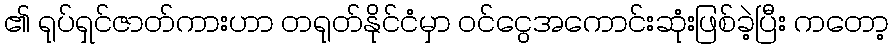
၏ ရုပ်ရှင်ဇာတ်ကားဟာ တရုတ်နိုင်ငံမှာ ဝင်ငွေအကောင်းဆုံးဖြစ်ခဲ့ပြီး ကတော့